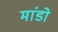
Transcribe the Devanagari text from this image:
मांडो